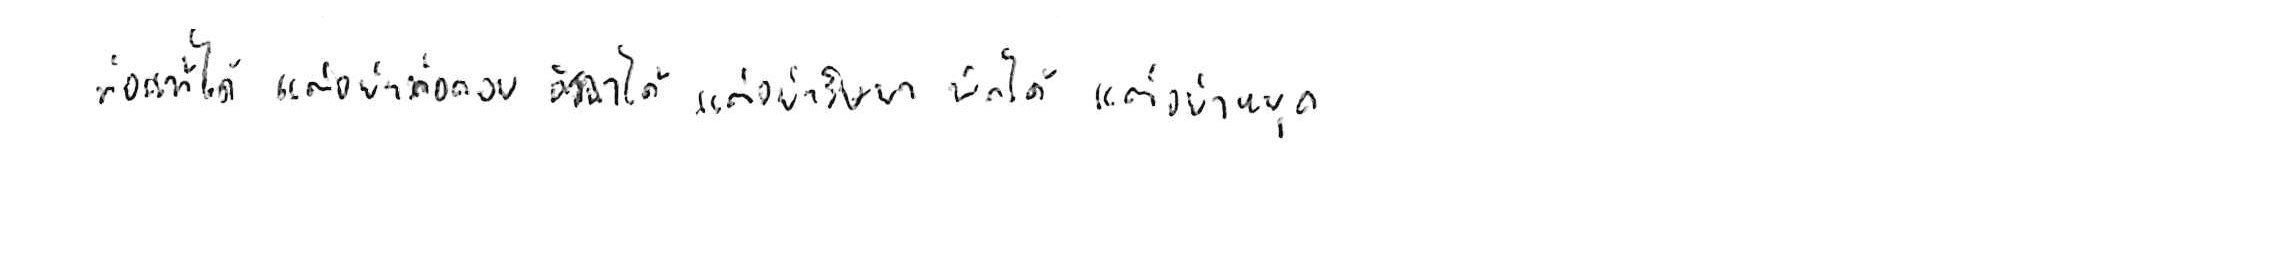
ท้อแท้ได้ แต่อย่าท้อถอย อิจฉาได้ แต่อย่าริษยา พักได้ แต่อย่าหยุด